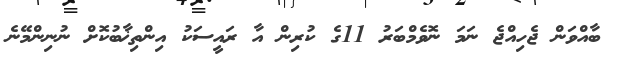
ބާއްވަން ޖެހިއްޖެ ނަމަ ނޮވެމްބަރު 11ގެ ކުރިން އާ ރައީސަކު އިންތިޚާބުކޮށް ނުނިންމޭނެ